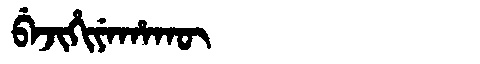
Manchu: ᠪᡝᠵᡳᡥᡳᠶᡝᡥᠠᡴᡡ
Romanization: BEJIHIYEHAKŪ